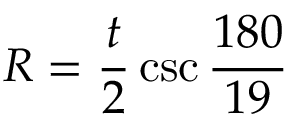
R = { \frac { t } { 2 } } \csc { \frac { 1 8 0 } { 1 9 } }